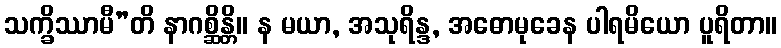
သက္ခိဿာမီ”တိ နာဂစ္ဆိန္တိ။ န မယာ, အသုရိန္ဒ, အဓောမုခေန ပါရမိယော ပူရိတာ။